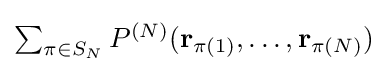
{\textstyle \sum _{\pi \in S_{N}}P^{(N)}(\mathbf {r} _{\pi (1)},\ldots ,\mathbf {r} _{\pi (N)})}